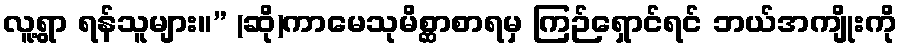
လူ့ရွာ ရန်သူများ။” (ဆို)ကာမေသုမိစ္ဆာစာရမှ ကြဉ်ရှောင်ရင် ဘယ်အကျိုးကို